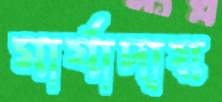
মার্যাদায়